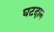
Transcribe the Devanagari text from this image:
घटदान